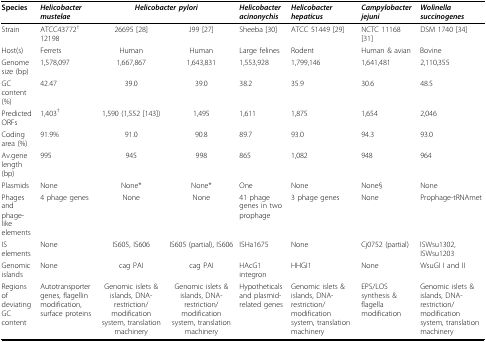
<table><thead><tr><td><b>Species</b></td><td><b><i>Helicobacter mustelae</i></b></td><td colspan="2"><b><i>Helicobacter pylori</i></b></td><td><b><i>Helicobacter acinonychis</i></b></td><td><b><i>Helicobacter hepaticus</i></b></td><td><b><i>Campylobacter jejuni</i></b></td><td><b><i>Wolinella succinogenes</i></b></td></tr></thead><tbody><tr><td>Strain</td><td>ATCC43772<sup>†</sup>12198</td><td>26695 [28]</td><td>J99 [27]</td><td>Sheeba [30]</td><td>ATCC 51449 [29]</td><td>NCTC 11168 [31]</td><td>DSM 1740 [34]</td></tr><tr><td>Host(s)</td><td>Ferrets</td><td>Human</td><td>Human</td><td>Large felines</td><td>Rodent</td><td>Human &amp; avian</td><td>Bovine</td></tr><tr><td>Genome size (bp)</td><td>1,578,097</td><td>1,667,867</td><td>1,643,831</td><td>1,553,928</td><td>1,799,146</td><td>1,641,481</td><td>2,110,355</td></tr><tr><td>GC content (%)</td><td>42.47</td><td>39.0</td><td>39.0</td><td>38.2</td><td>35.9</td><td>30.6</td><td>48.5</td></tr><tr><td>Predicted ORFs</td><td>1,403<sup>†</sup></td><td>1,590 (1,552 [143])</td><td>1,495</td><td>1,611</td><td>1,875</td><td>1,654</td><td>2,046</td></tr><tr><td>Coding area (%)</td><td>91.9%</td><td>91.0</td><td>90.8</td><td>89.7</td><td>93.0</td><td>94.3</td><td>93.0</td></tr><tr><td>Av.gene length (bp)</td><td>995</td><td>945</td><td>998</td><td>865</td><td>1,082</td><td>948</td><td>964</td></tr><tr><td>Plasmids</td><td>None</td><td>None*</td><td>None*</td><td>One</td><td>None</td><td>None§</td><td>None</td></tr><tr><td>Phages and phage-like elements</td><td>4 phage genes</td><td>None</td><td>None</td><td>41 phage genes in two prophage</td><td>3 phage genes</td><td>None</td><td>Prophage-tRNAmet</td></tr><tr><td>IS elements</td><td>None</td><td>IS605, IS606</td><td>IS605 (partial), IS606</td><td>ISHa1675</td><td>None</td><td>Cj0752 (partial)</td><td>ISWsu1302, ISWsu1203</td></tr><tr><td>Genomic islands</td><td>None</td><td>cag PAI</td><td>cag PAI</td><td>HAcG1 integron</td><td>HHGI1</td><td>None</td><td>WsuGI I and II</td></tr><tr><td>Regions of deviating GC content</td><td>Autotransporter genes, flagellin modification, surface proteins</td><td>Genomic islets &amp; islands, DNA-restriction/modification system, translation machinery</td><td>Genomic islets &amp; islands, DNA-restriction/modification system, translation machinery</td><td>Hypotheticals and plasmid-related genes</td><td>Genomic islets &amp; islands, DNA-restriction/modification system, translation machinery</td><td>EPS/LOS synthesis &amp; flagella modification</td><td>Genomic islets &amp; islands, DNA-restriction/modification system, translation machinery</td></tr></tbody></table>